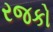
રજકો